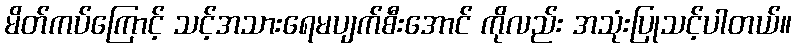
မိတ်ကပ်ကြောင့် သင့်အသားရေမပျက်စီးအောင် ကိုလည်း အသုံးပြုသင့်ပါတယ်။